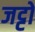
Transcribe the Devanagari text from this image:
जट्टों